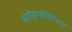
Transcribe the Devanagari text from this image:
बायोइन्फ़ोर्मेटिक्स